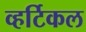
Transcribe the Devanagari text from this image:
व्हर्टिकल